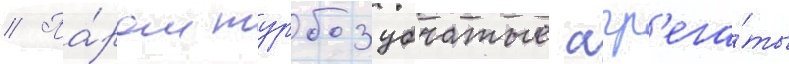
// Па́ром турбозубчатые агр'ега́ты